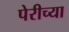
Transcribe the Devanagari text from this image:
पेरीच्या